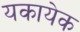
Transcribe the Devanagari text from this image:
यकायेक